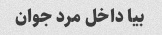
بیا داخل مرد جوان